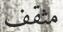
مثقف